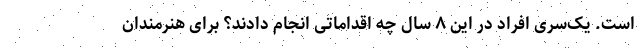
است. یک‌سری افراد در این ۸ سال چه اقداماتی انجام دادند؟ برای هنرمندان